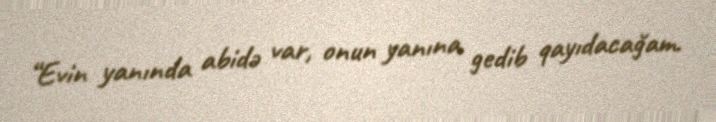
“Evin yanında abidə var, onun yanına gedib qayıdacağam.